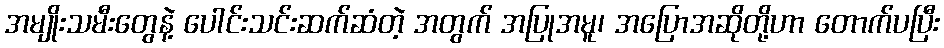
အမျိုးသမီးတွေနဲ့ ပေါင်းသင်းဆက်ဆံတဲ့ အတွက် အပြုအမူ၊ အပြောအဆိုတို့ဟာ တောက်ပပြီး